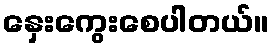
နှေးကွေးစေပါတယ်။